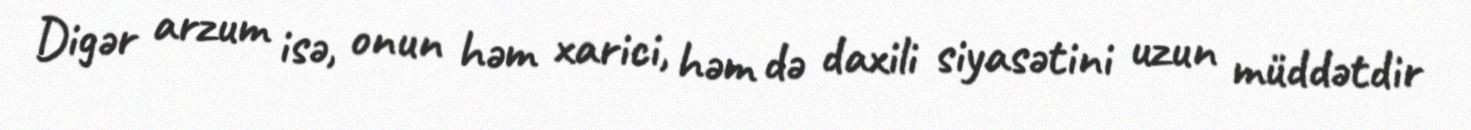
Digər arzum isə, onun həm xarici, həm də daxili siyasətini uzun müddətdir